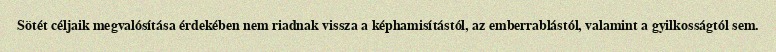
Sötét céljaik megvalósítása érdekében nem riadnak vissza a képhamisítástól, az emberrablástól, valamint a gyilkosságtól sem.